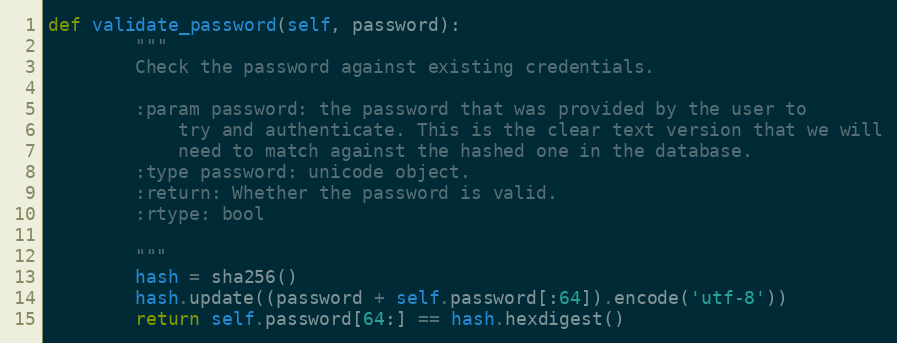
Language: Python
def validate_password(self, password):
        """
        Check the password against existing credentials.

        :param password: the password that was provided by the user to
            try and authenticate. This is the clear text version that we will
            need to match against the hashed one in the database.
        :type password: unicode object.
        :return: Whether the password is valid.
        :rtype: bool

        """
        hash = sha256()
        hash.update((password + self.password[:64]).encode('utf-8'))
        return self.password[64:] == hash.hexdigest()